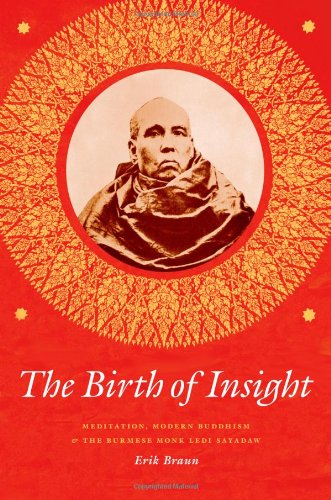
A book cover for The Birth of Insight: Meditation, Modern Buddhism, and the Burmese Monk Ledi Sayadaw (Buddhism and Modernity); Erik Braun; Religion & Spirituality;